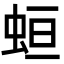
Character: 𧊳